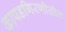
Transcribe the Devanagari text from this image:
कापडगिरणीतील